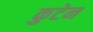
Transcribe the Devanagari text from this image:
कुटेन